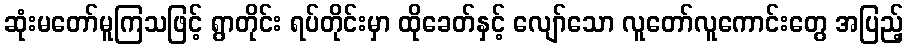
ဆုံးမတော်မူကြသဖြင့် ရွာတိုင်း ရပ်တိုင်းမှာ ထိုခေတ်နှင့် လျော်သော လူတော်လူကောင်းတွေ အပြည့်